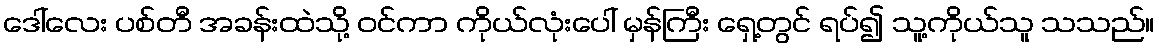
ဒေါ်လေး ပစ်တီ အခန်းထဲသို့ ဝင်ကာ ကိုယ်လုံးပေါ် မှန်ကြီး ရှေ့တွင် ရပ်၍ သူ့ကိုယ်သူ သသည်။